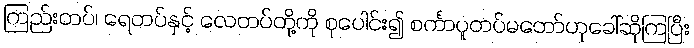
ကြည်းတပ်၊ ရေတပ်နှင့် လေတပ်တို့ကို စုပေါင်း၍ စင်္ကာပူတပ်မတော်ဟုခေါ်ဆိုကြပြီး